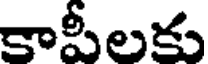
కాపీలకు